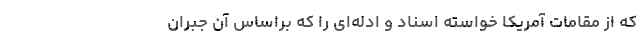
که از مقامات آمریکا خواسته اسناد و ادله‌ای را که براساس آن جبران